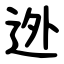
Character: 迯